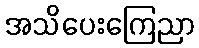
အသိပေးကြေညာ